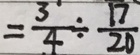
= \frac { 3 } { 4 } \div \frac { 1 7 } { 2 0 }